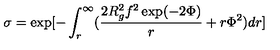
\sigma = \exp [ - \int _ { r } ^ { \infty } ( \frac { 2 R _ { g } ^ { 2 } f ^ { 2 } \exp ( - 2 \Phi ) } { r } + r \Phi ^ { 2 } ) d r ]